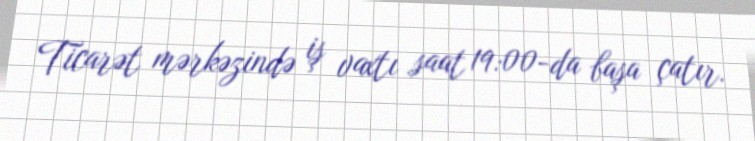
Ticarət mərkəzində iş vaxtı saat 19:00-da başa çatır.